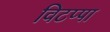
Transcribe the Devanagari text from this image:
विटप्पा